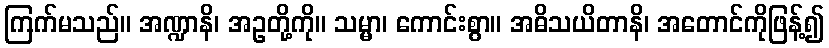
ကြက်မသည်။ အဏ္ဍာနိ၊ အဥတို့ကို။ သမ္မာ၊ ကောင်းစွာ။ အဓိသယိတာနိ၊ အတောင်ကိုဖြန့်၍